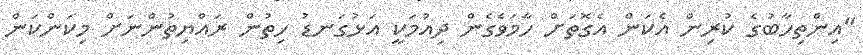
"އިންތިހާބުގެ ކުރިން އެކަން އެގޮތަށް ހާމަވެގެން ދިއުމަކީ އަޅުގަނޑު ހިތުން ރައްޔިތުންނަށް މިކަންކަން